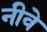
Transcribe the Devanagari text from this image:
नीवे